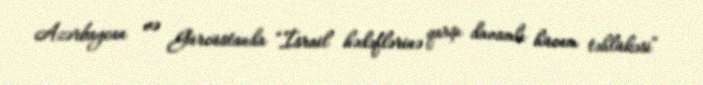
Azərbaycan və Gürcüstanda “İsrail hədəflərinə qarşı davamlı hücum təhlükəsi”